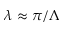
\lambda \approx \pi / \Lambda